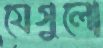
যেগুলো